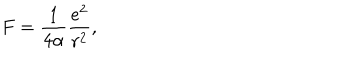
LaTeX: F = \frac { 1 } { 4 \alpha } \frac { e ^ { 2 } } { r ^ { 2 } } ,